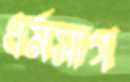
ধর্মসাগ